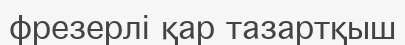
фрезерлі қар тазартқыш